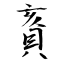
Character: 賌